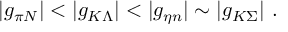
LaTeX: | g _ { \pi N } | < | g _ { K \Lambda } | < | g _ { \eta n } | \sim | g _ { K \Sigma } | ~ .